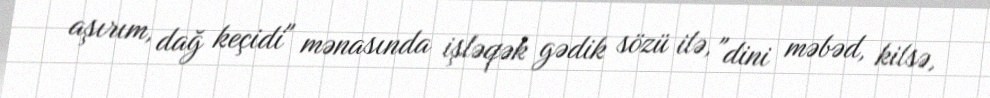
aşırım, dağ keçidi" mənasında işləqək gədik sözü ilə, "dini məbəd, kilsə,